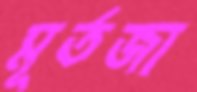
মূর্তজা